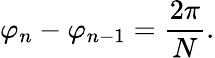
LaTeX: \varphi_{n}-\varphi_{n-1}={\frac{2\pi}{N}}.